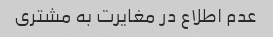
عدم اطلاع در مغایرت به مشتری